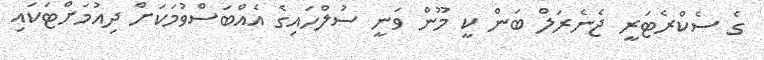
ގެ ސެކްރެޓަރީ ޖެނެރަލް ބަން ކީ މޫން ވަނީ ސުލްހައިގެ އެއްބަސްވުމަކަށް ދިއުމަށްޓަކައި